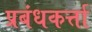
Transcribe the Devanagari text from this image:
प्रबंधकर्त्ता